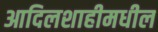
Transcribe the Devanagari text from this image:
आदिलशाहीमधील